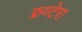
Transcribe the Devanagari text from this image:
फ्रण्टेरा